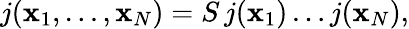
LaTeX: j({\mathbf x}_{1},\ldots,{\mathbf x}_{N})=S\, j({\mathbf x}_{1})\ldots j({\mathbf x}_{N}),